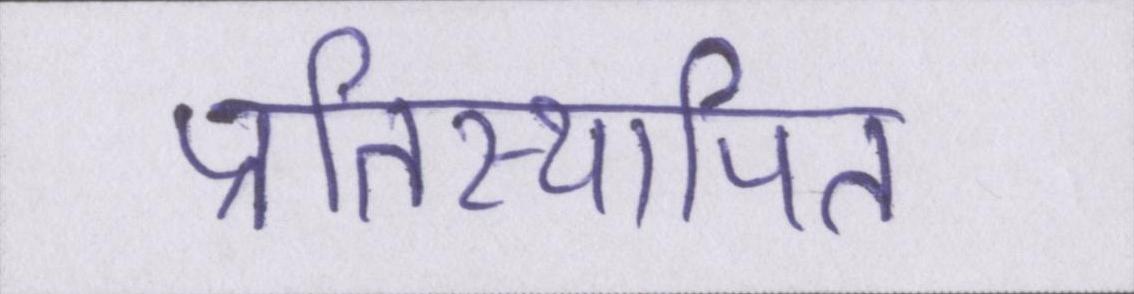
प्रतिस्थापित